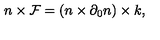
n \times { \cal F } = ( n \times \partial _ { 0 } n ) \times k ,